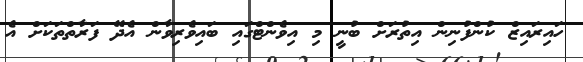
ހައިރައިޒް ކުންފުނިން އިތުރަށް ބުނީ މި އިވެންޓްގައި ބައިވެރިވާން އެދޭ ފަރާތްތަކަށް އެ